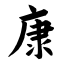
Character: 康